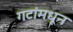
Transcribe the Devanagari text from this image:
गटांमधून